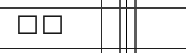
٩٨